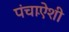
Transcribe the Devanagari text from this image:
पंचाऐंशी